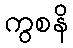
ကွစနိ